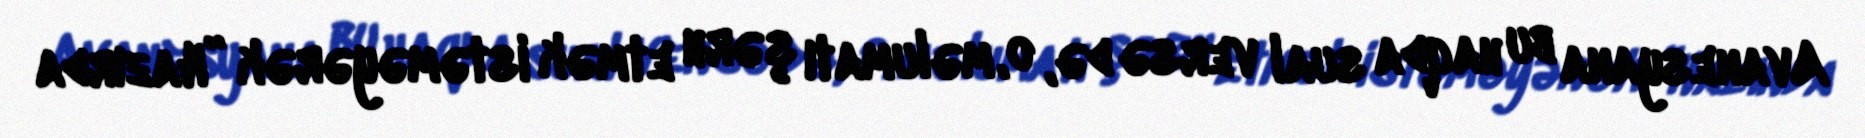
Avanesyana bu haqda sual versə də, o, məlumatı şərh etmək istəməyərək ”Hazırda